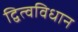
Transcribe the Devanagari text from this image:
द्वित्वविधान